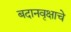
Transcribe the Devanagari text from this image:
बदानवृक्षाचे